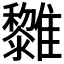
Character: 𩁟